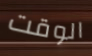
الوقت